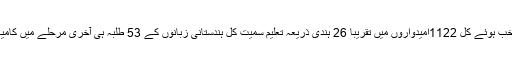
امسال منتخب ہوئے کل 1122امیدواروں میں تقریباً 26 ہندی ذریعہ تعلیم سمیت کل ہندستانی زبانوں کے 53 طلبہ ہی آخری مرحلے میں کامیاب ہوئے۔